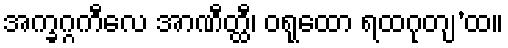
အက္ခဂ္ဂကီလေ အာဏီတ္ထီ၊ ဝရုထော ရထဂုတျ’ထ။